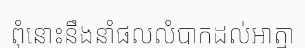
ពុំនោះនឹងនាំផលលំបាកដល់អាត្មា